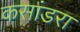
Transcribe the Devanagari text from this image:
कसांडरा